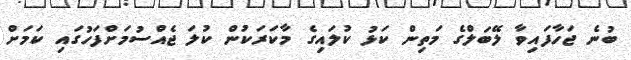
ބުނެ ޖަހާފައިވާ ލޭބަލްގެ މަތިން ކަޅު ކުލައިގެ މާކަރަކުން ކުލަ ޖެއްސުމަށްފަހުގައި ކަމަށް